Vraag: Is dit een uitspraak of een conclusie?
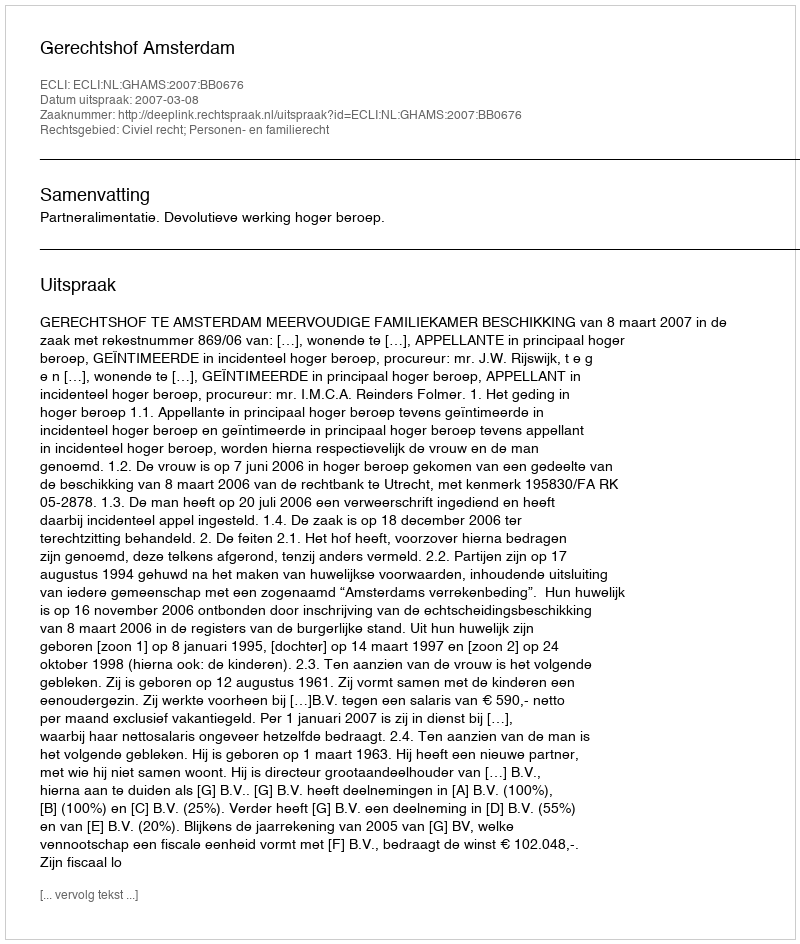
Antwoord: Uitspraak